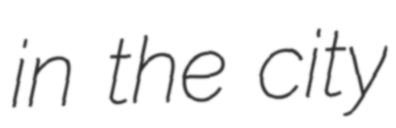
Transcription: in the city